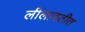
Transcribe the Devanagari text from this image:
लीलावतीत